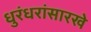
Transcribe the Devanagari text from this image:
धुरंधरांसारखे